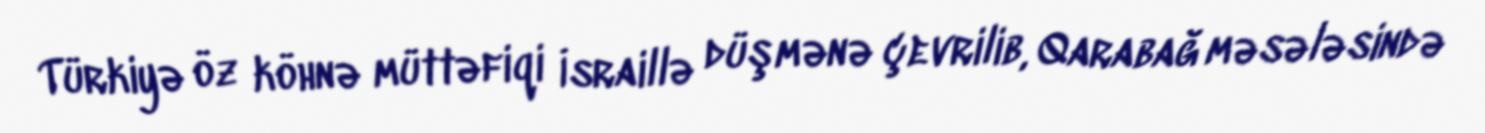
Türkiyə öz köhnə müttəfiqi İsraillə düşmənə çevrilib, Qarabağ məsələsində